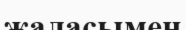
жаласымен